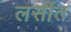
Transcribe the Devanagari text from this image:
लसींत